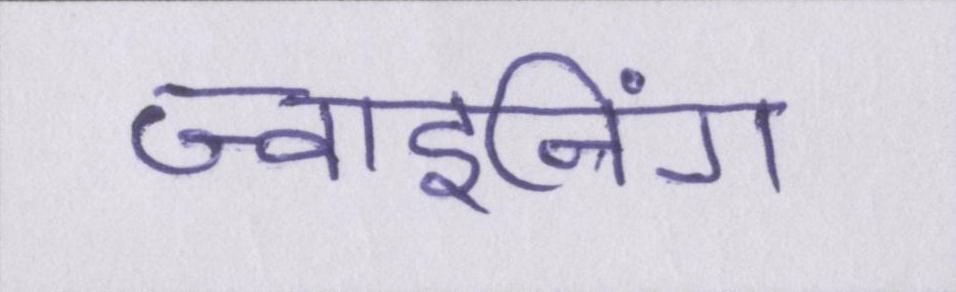
ज्वाइनिंग